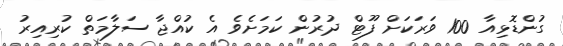
ގުންޑޮޅިއާ 100 ވަރަކަށް ފޫޓް ދުރުން ކަމަށެވެ އެ ކުއްޖާ ސަލާމަތް ކުރިއިރު